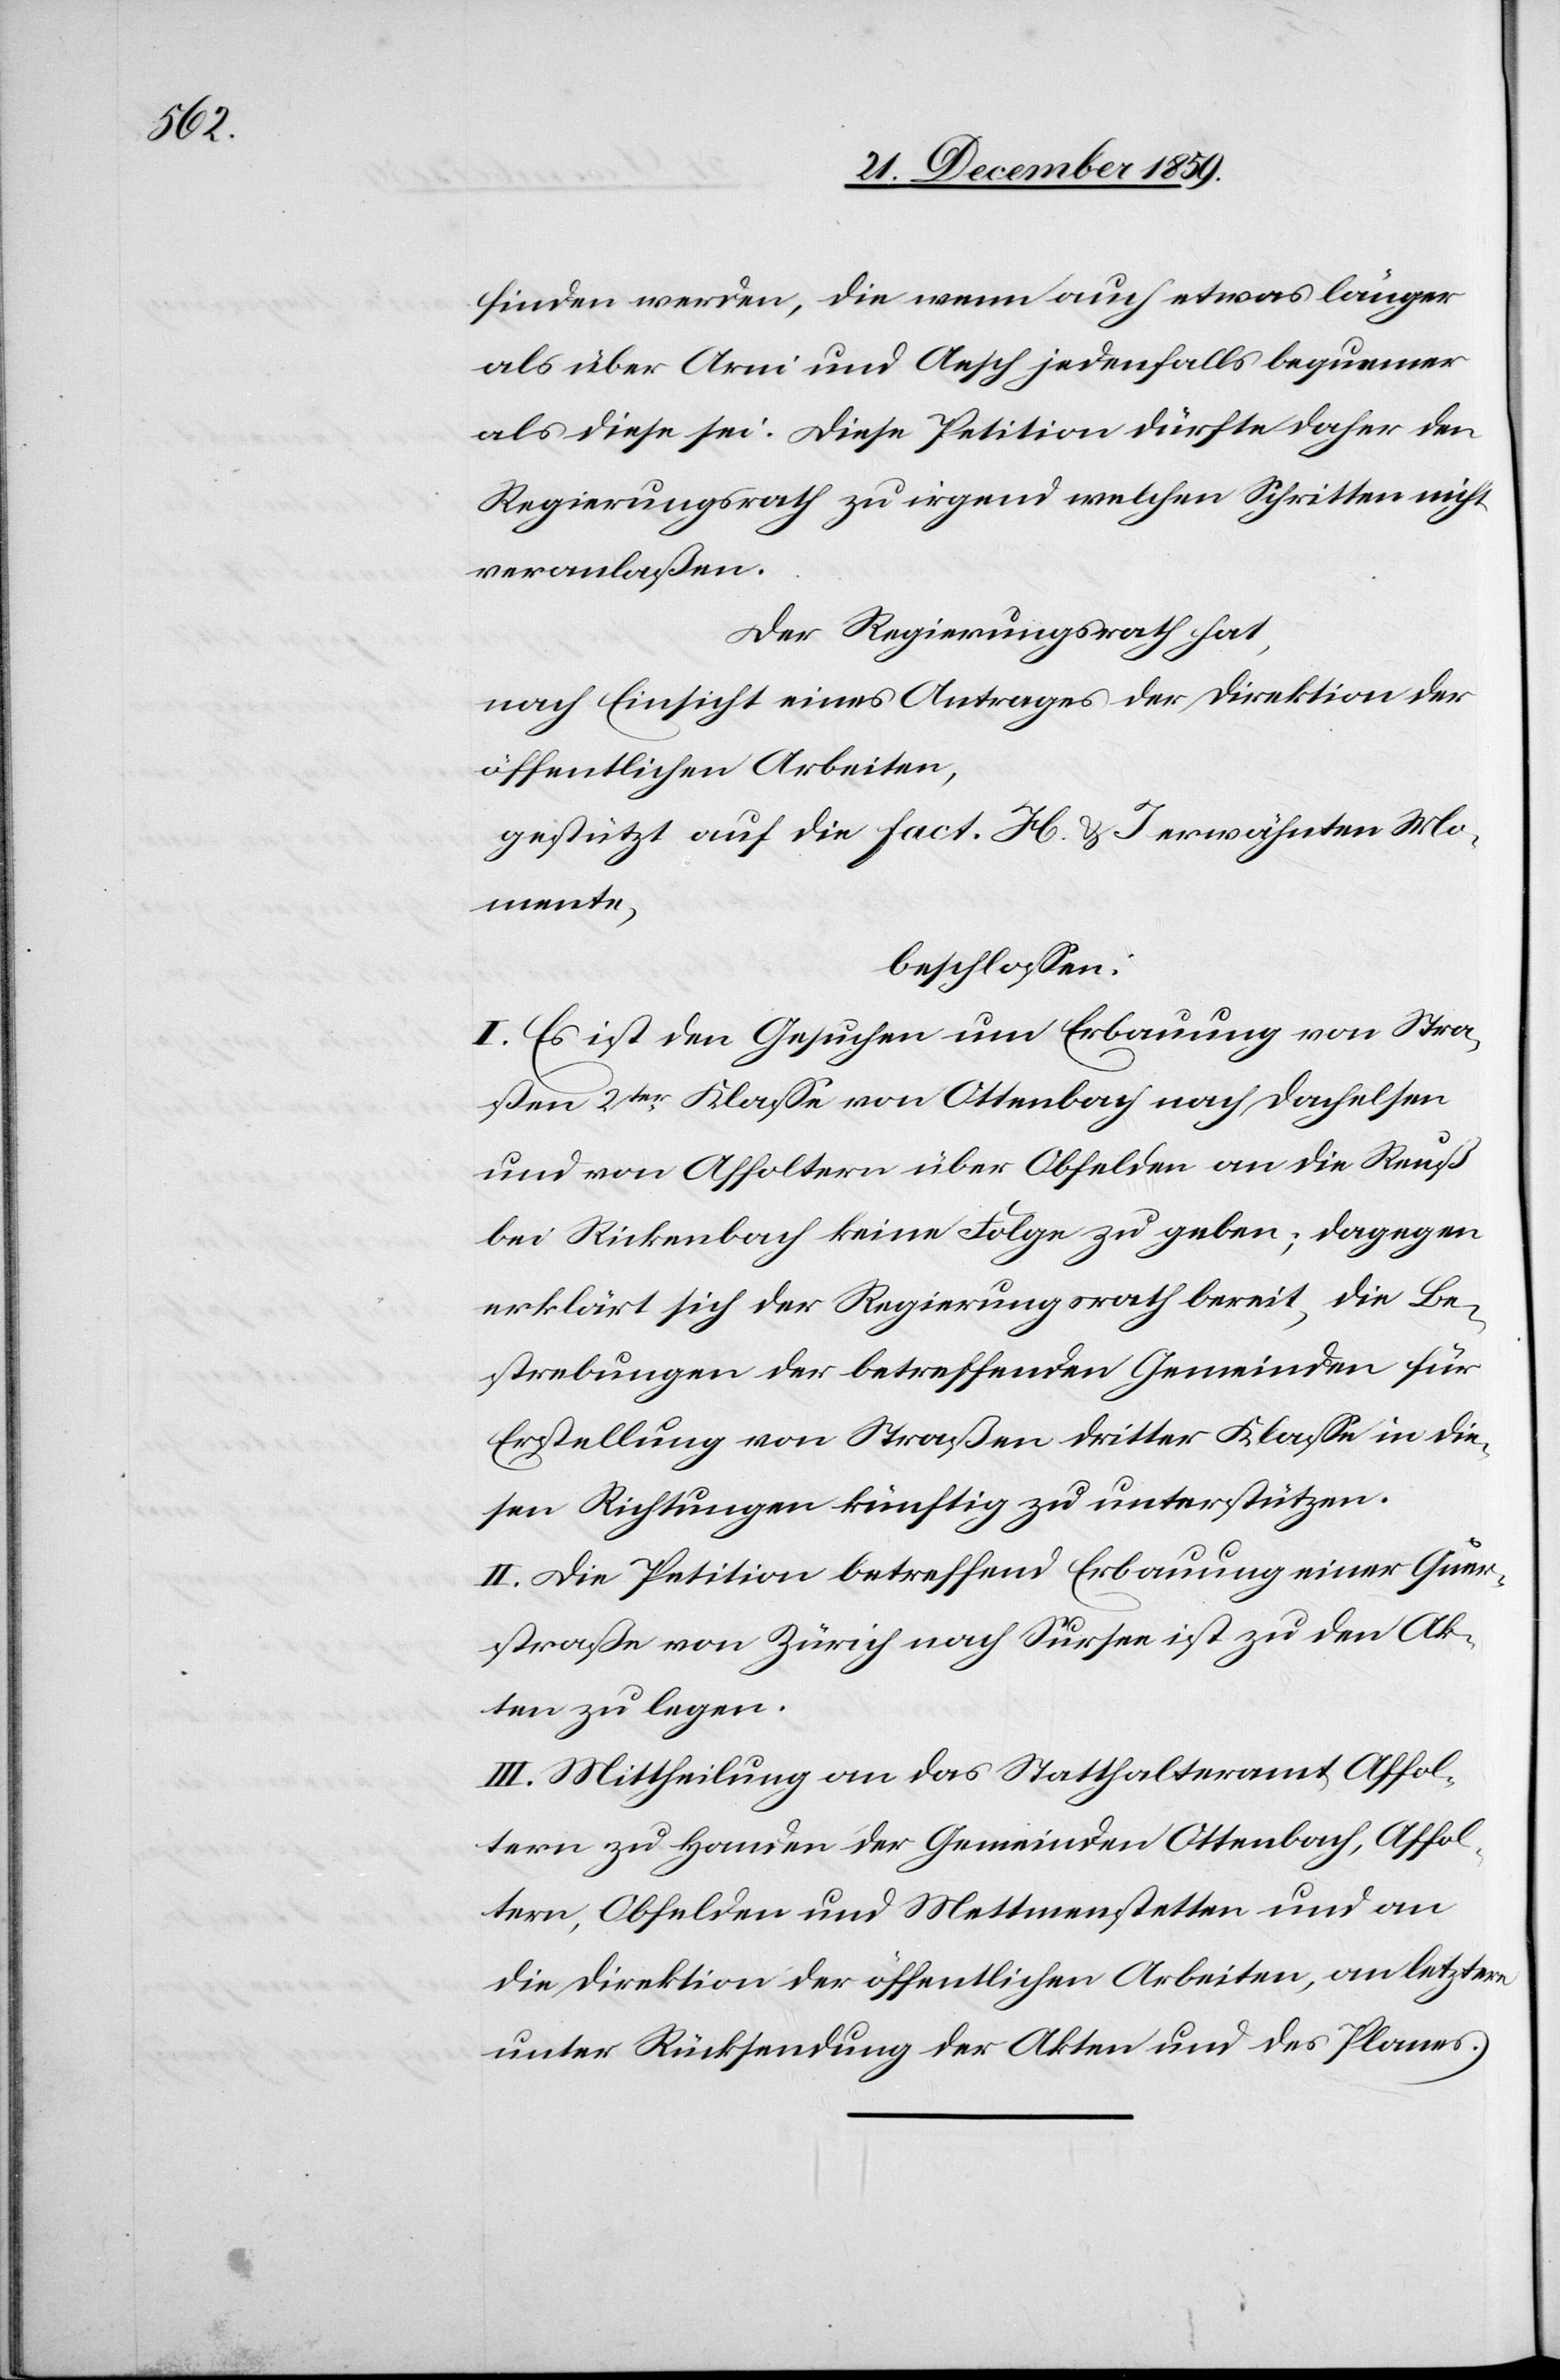
finden werden, die wenn auch etwas länger
als über Arni und Aesch jedenfalls bequemer
als diese sei. Diese Petition dürfte daher den
Regierungsrath zu irgend welchen Schritten nicht
veranlaßen.
Der Regierungsrath hat,
nach Einsicht eines Antrages der Direktion der
öffentlichen Arbeiten,
gestützt auf die in fact. H & I erwähnten Mo¬
mente,
beschlossen:
I. Es ist den Gesuchen um Erbauung von Stra¬
ßen 2ter Klasse von Ottenbach nach Dachelsen
und von Affoltern über Obfelden an die Reuß
bei Rickenbach keine Folge zu geben; dagegen
erklärt sich der Regierungsrath bereit, die Be¬
strebungen der betreffenden Gemeinden für
Erstellung von Straßen dritter Klasse in die¬
sen Richtungen künftig zu unterstützen.
II. Die Petition betreffend Erbauung einer Quer¬
straße von Zürich nach Sursee ist zu den Ak¬
ten zu legen.
III. Mittheilung an das Statthalteramt Affol¬
tern zu Handen der Gemeinden Ottenbach, Affol¬
tern, Obfelden, und Mettmenstetten und an
die Direktion der öffentlichen Arbeiten, an letztere
unter Rücksendung der Akten und des Planes.